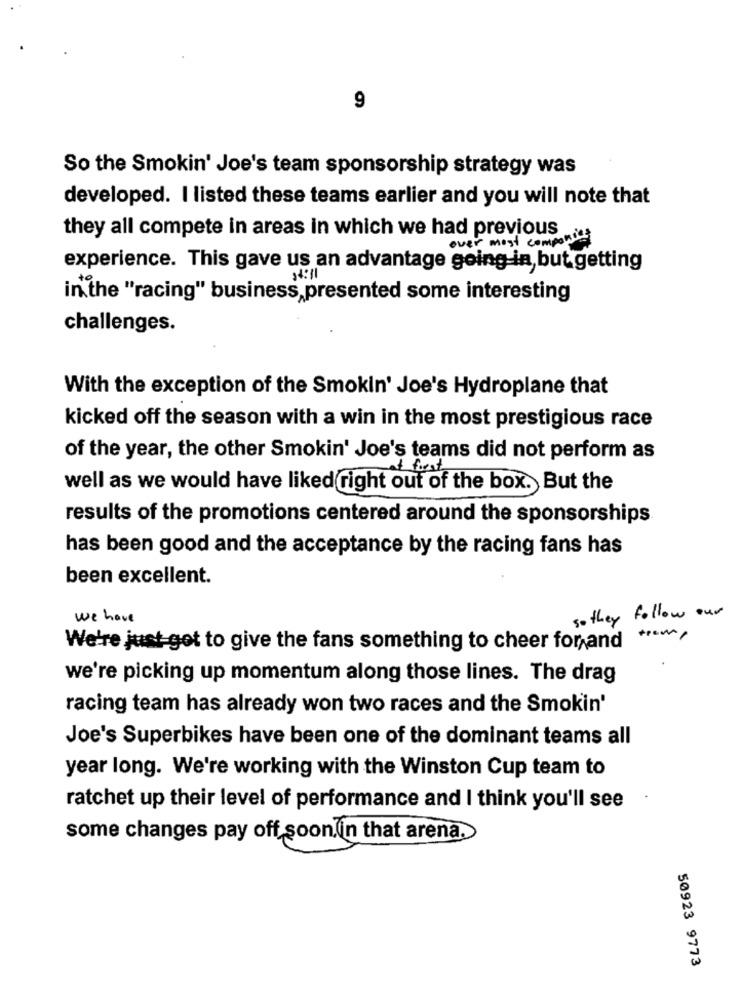
9
So the Smokin' Joe's team sponsorship strategy was
developed. I listed these teams earlier and you will note that
they all compete in areas in which we had previous
over most companies
experience. This gave us an advantage going in, but getting
94:11
in the "racing" business,presented some interesting
challenges.
With the exception of the Smokin' Joe's Hydroplane that
kicked off the season with a win in the most prestigious race
of the year, the other Smokin' Joe's teams did not perform as
well as we would have liked right out of the box. But the
results of the promotions centered around the sponsorships
has been good and the acceptance by the racing fans has
been excellent.
we have
so they follow our
tram,
We're just got to give the fans something to cheer for and
we're picking up momentum along those lines. The drag
racing team has already won two races and the Smokin'
Joe's Superbikes have been one of the dominant teams all
year long. We're working with the Winston Cup team to
.
ratchet up their level of performance and I think you'll see
some changes pay off soon (in that arena.
50923 9773